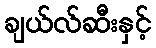
ချယ်လ်ဆီးနှင့်